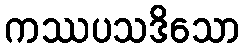
ကဿပသဒိသော